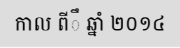
កាល ពីឹ ឆ្នាំ ២០១៤